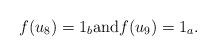
LaTeX: \begin{align*}f(u_8)=1_b \mbox{and} f(u_9)=1_a. \end{align*}